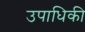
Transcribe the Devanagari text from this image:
उपाधिकी